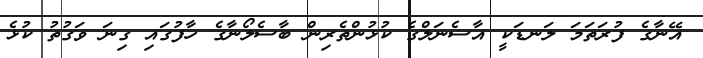
އޭނާގެ ފުރަތަމަ ލަނޑަކީ އާސެނަލްގެ ކުޅުންތެރިން ބާސެލޯނާގެ ހާފުގައި ގިނަ ވަގުތު ކުޅެ